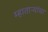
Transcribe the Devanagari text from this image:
म्हाताऱ्यांचा